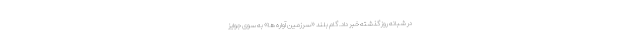
در شبانه روز گذشته خبر داد. گام بلند «سرزمین آواره ها» به سوی جوایز